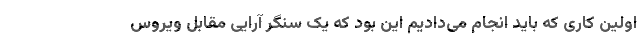
اولین کاری که باید انجام می‌دادیم این بود که یک سنگر آرایی مقابل ویروس